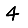
Digit: 4